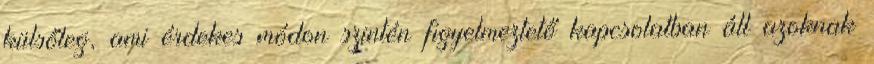
külsőleg, ami érdekes módon szintén figyelmeztető kapcsolatban áll azoknak